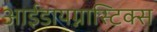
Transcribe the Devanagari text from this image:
आईडायग्नास्टिक्स